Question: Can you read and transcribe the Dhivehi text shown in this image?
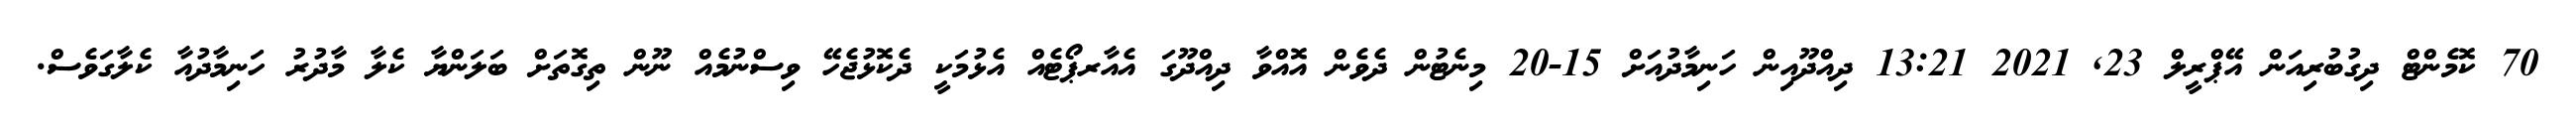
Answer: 70 ކޮމެންޓް ދިގުބުރިއަން އޭޕްރީލް 23, 2021 13:21 ދިއްދޫއިން ހަނިމާދުއަށް 15-20 މިނެޓުން ދެވެން އޮއްވާ ދިއްދޫގަ އެއާރޕޯޓެއް އެޅުމަކީ ދެކޮޅުޖެހޭ ވިސްނުމެއް ނޫން ތިގޮތަށް ބަލަންޔާ ކެލާ މާދުރު ހަނިމާދުއާ ކެލާގަވެސް.